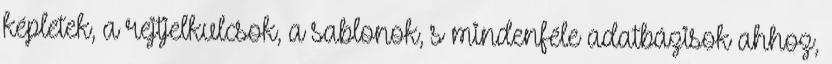
képletek, a rejtjelkulcsok, a sablonok, s mindenféle adatbázisok ahhoz,